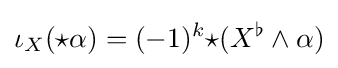
\iota _{X}({\star }\alpha )=(-1)^{k}{\star }(X^{\flat }\wedge \alpha )